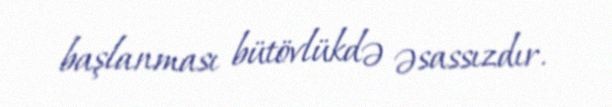
başlanması bütövlükdə əsassızdır.